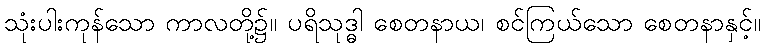
သုံးပါးကုန်သော ကာလတို့၌။ ပရိသုဒ္ဓါ စေတနာယ၊ စင်ကြယ်သော စေတနာနှင့်။